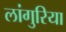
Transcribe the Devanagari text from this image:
लांगुरिया